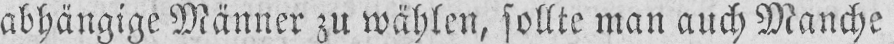
abhängige Männer zu wählen, sollte man auch Manche